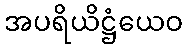
အပရိယိဋ္ဌံယေဝ